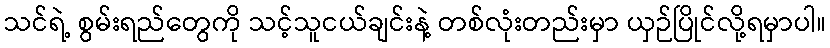
သင်ရဲ့ စွမ်းရည်တွေကို သင့်သူငယ်ချင်းနဲ့ တစ်လုံးတည်းမှာ ယှဉ်ပြိုင်လို့ရမှာပါ။